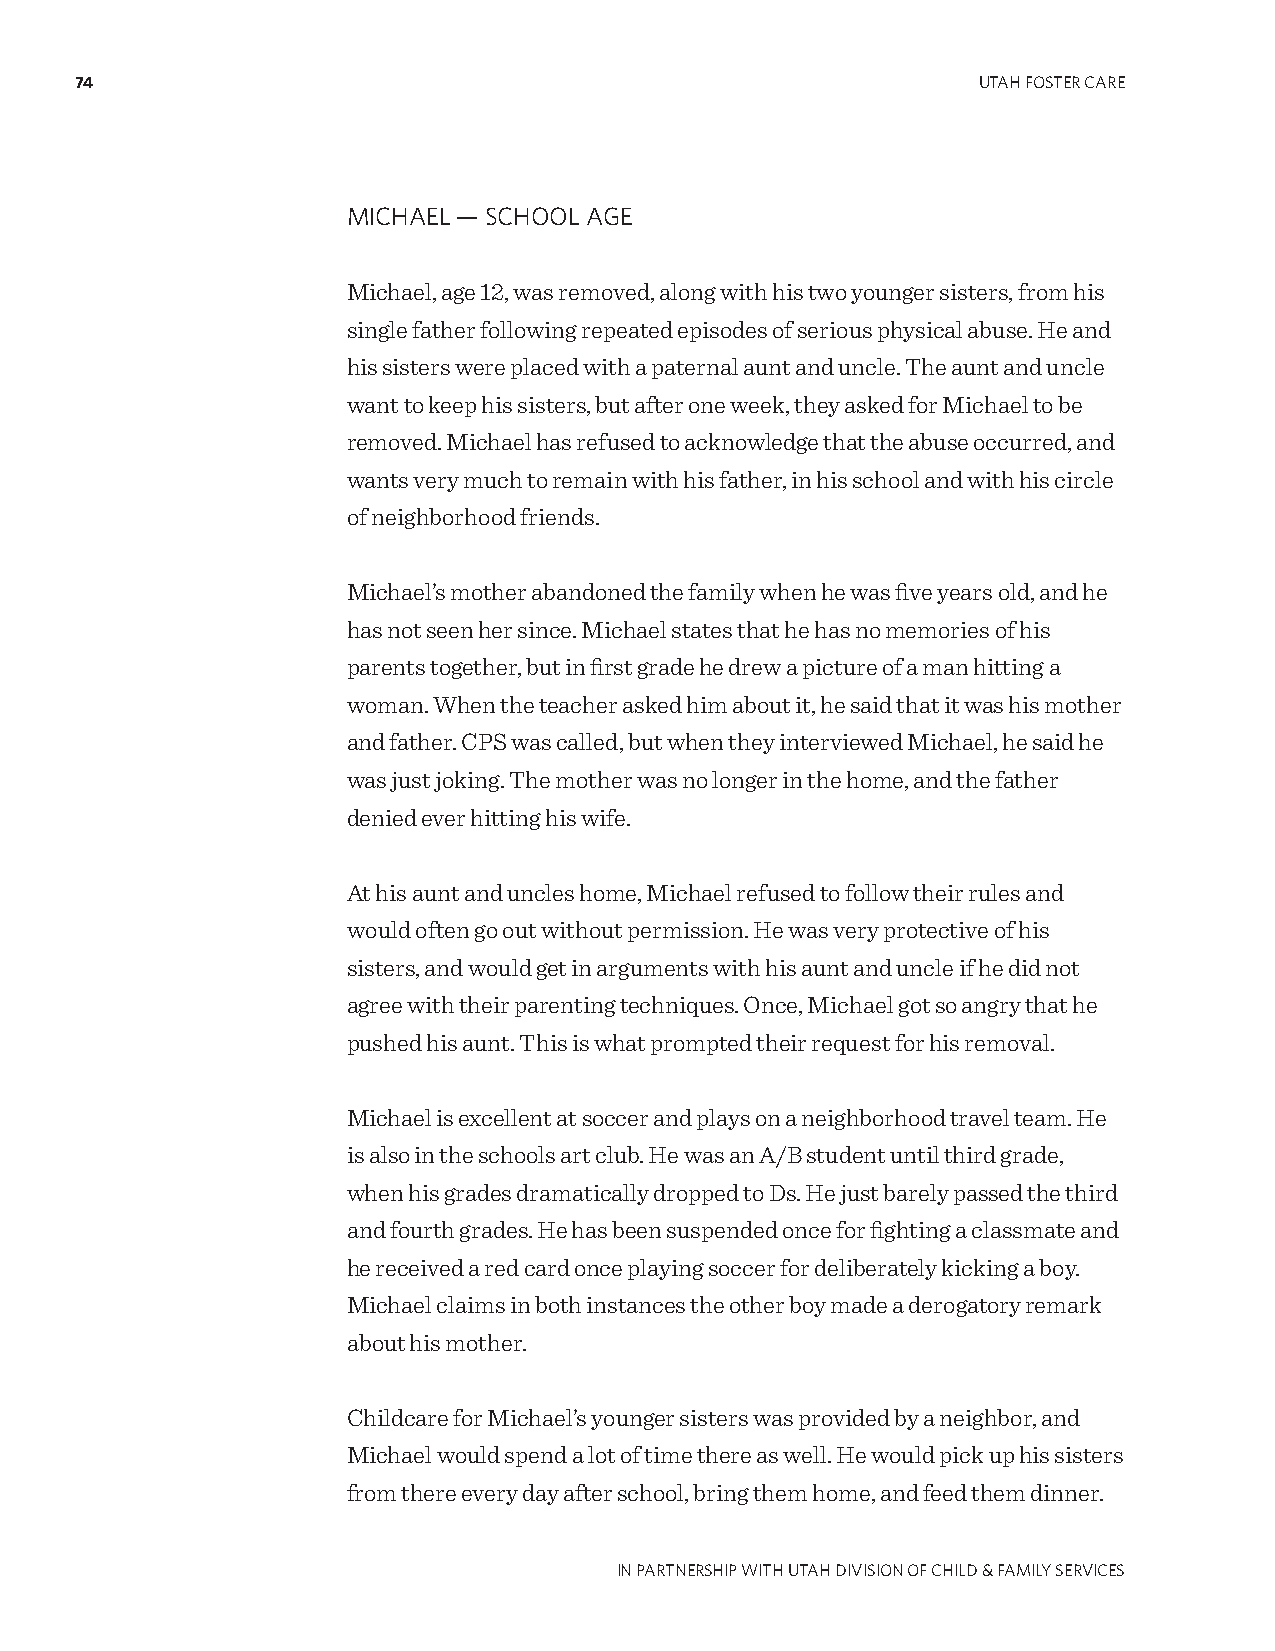
74                                                          UTAH FOSTER CARE
 MICHAEL — SCHOOL AgE
 Michael, age 12, was removed, along with his two younger sisters, from his
 single father following repeated episodes of serious physical abuse. He and
 his sisters were placed with a paternal aunt and uncle. The aunt and uncle
 want to keep his sisters, but after one week, they asked for Michael to be
 removed. Michael has refused to acknowledge that the abuse occurred, and
 wants very much to remain with his father, in his school and with his circle
 of neighborhood friends.
 Michael’s mother abandoned the family when he was five years old, and he
 has not seen her since. Michael states that he has no memories of his
 parents together, but in first grade he drew a picture of a man hitting a
 woman. When the teacher asked him about it, he said that it was his mother
 and father. CPS was called, but when they interviewed Michael, he said he
 was just joking. The mother was no longer in the home, and the father
 denied ever hitting his wife.
 At his aunt and uncles home, Michael refused to follow their rules and
 would often go out without permission. He was very protective of his
 sisters, and would get in arguments with his aunt and uncle if he did not
 agree with their parenting techniques. Once, Michael got so angry that he
 pushed his aunt. This is what prompted their request for his removal.
 Michael is excellent at soccer and plays on a neighborhood travel team. He
 is also in the schools art club. He was an A/B student until third grade,
 when his grades dramatically dropped to Ds. He just barely passed the third
 and fourth grades. He has been suspended once for fighting a classmate and
 he received a red card once playing soccer for deliberately kicking a boy.
 Michael claims in both instances the other boy made a derogatory remark
 about his mother.
 Childcare for Michael’s younger sisters was provided by a neighbor, and
 Michael would spend a lot of time there as well. He would pick up his sisters
 from there every day after school, bring them home, and feed them dinner.
 IN PARTNERSHIP WITH UTAH DIVISION OF CHILD & FAMILY SERVICES